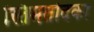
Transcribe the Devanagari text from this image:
स्तिमतोदका